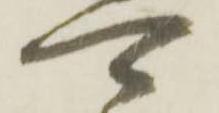
可